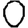
Digit: 0